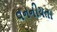
વનનીયતા